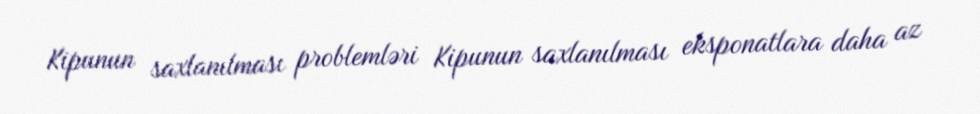
Kipunun saxlanılması problemləri Kipunun saxlanılması eksponatlara daha az